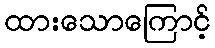
ထားသောကြောင့်